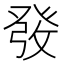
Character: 𤼲